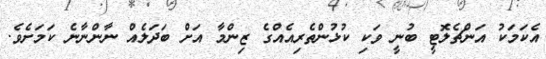
އެކަމަކު އަންޗެލޮޓީ ބުނީ ވަކި ކުޅުންތެރިއެއްގެ ޒިންމާ އަށް ބަދަލެއް ނާންނާނެ ކަމަށެވެ.